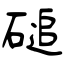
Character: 磓